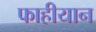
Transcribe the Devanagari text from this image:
फाहीयान